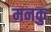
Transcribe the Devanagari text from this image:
मनकु